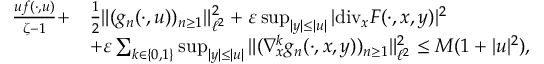
\begin{array} { r l } { \frac { u f ( \cdot , u ) } { \zeta - 1 } + } & { \frac { 1 } { 2 } \| ( g _ { n } ( \cdot , u ) ) _ { n \geq 1 } \| _ { \ell ^ { 2 } } ^ { 2 } + \varepsilon \operatorname* { s u p } _ { | y | \leq | u | } | \normalfont { \mathrm { d i v } } _ { x } F ( \cdot , x , y ) | ^ { 2 } } \\ & { + \varepsilon \sum _ { k \in \{ 0 , 1 \} } \operatorname* { s u p } _ { | y | \leq | u | } \| ( \nabla _ { x } ^ { k } g _ { n } ( \cdot , x , y ) ) _ { n \geq 1 } \| _ { \ell ^ { 2 } } ^ { 2 } \leq M ( 1 + | u | ^ { 2 } ) , } \end{array}